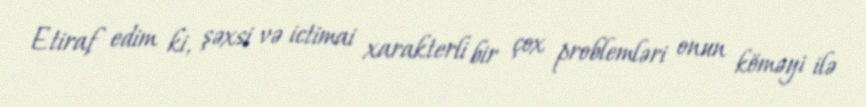
Etiraf edim ki, şəxsi və ictimai xarakterli bir çox problemləri onun köməyi ilə